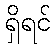
ရှိရင်